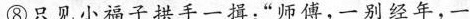
⑧只见小福子拱手一揖；”师傅，一别经年，一